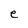
Character: e